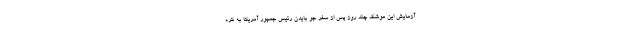
آزمایش این موشک چند روز پس از سفر جو بایدن رئیس جمهور آمریکا به کره